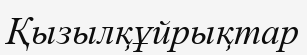
Қызылқұйрықтар